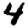
Digit: 4